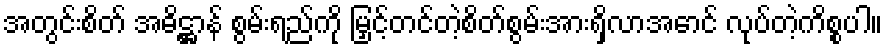
အတွင်းစိတ် အဓိဋ္ဌာန် စွမ်းရည်ကို မြှင့်တင်တဲ့စိတ်စွမ်းအားရှိလာအောင် လုပ်တဲ့ကိစ္စပါ။